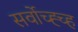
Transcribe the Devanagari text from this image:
सर्वोच्ह्च्ह